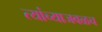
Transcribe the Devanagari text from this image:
त्यांच्याजवळच